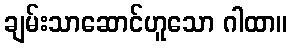
ချမ်းသာဆောင်ဟူသော ဂါထာ။